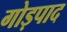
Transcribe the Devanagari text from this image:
गोड़पाद